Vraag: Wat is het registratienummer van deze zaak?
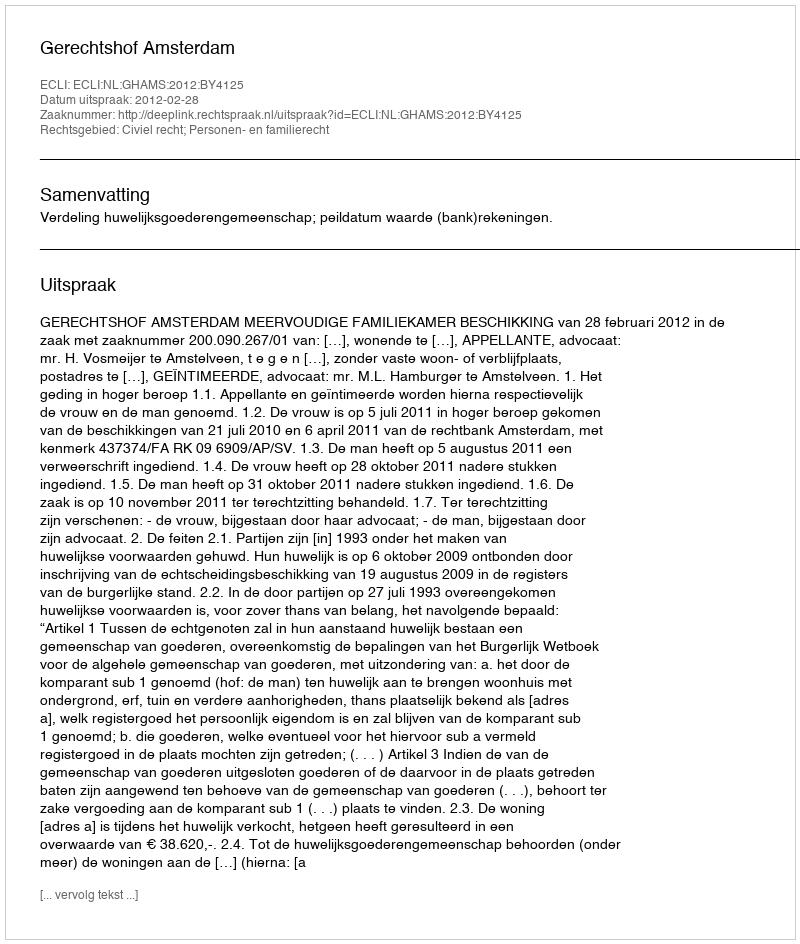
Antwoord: http://deeplink.rechtspraak.nl/uitspraak?id=ECLI:NL:GHAMS:2012:BY4125